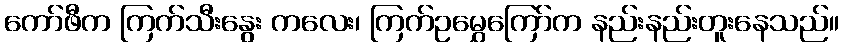
ကော်ဖီက ကြက်သီးနွေး ကလေး၊ ကြက်ဥမွှေကြော်က နည်းနည်းတူးနေသည်။